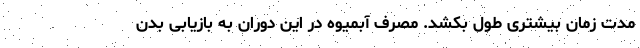
مدت زمان بیشتری طول بکشد. مصرف آبمیوه در این دوران به بازیابی بدن